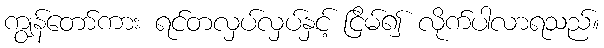
ကျွန်တော်ကား ရင်တလှပ်လှပ်နှင့် ငြိမ်၍ လိုက်ပါလာရသည်။